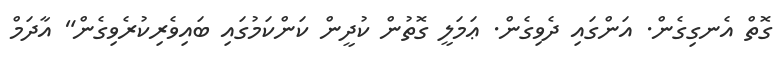
ގޮތް އެނގިގެން. އަންގައި ދެވިގެން. ޢަމަލީ ގޮތުން ކުދީން ކަންކަމުގައި ބައިވެރިކުރެވިގެން" އާދަމް